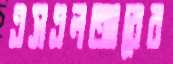
এসএলআরের